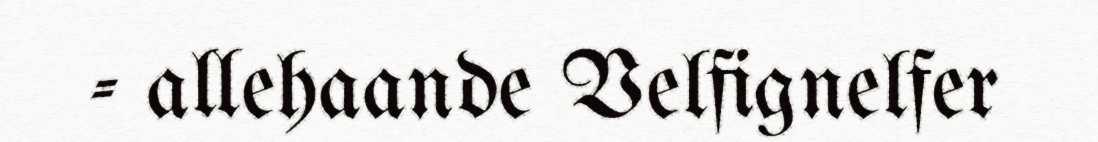
- allehaande Velfignelfer